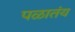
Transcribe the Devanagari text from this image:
पळातंय